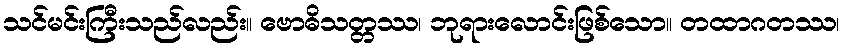
သင်မင်းကြီးသည်လည်း။ ဗောဓိသတ္တဿ၊ ဘုရားလောင်းဖြစ်သော။ တထာဂတဿ၊